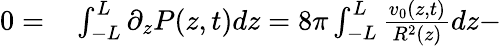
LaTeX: \begin{array}{rl}{0=}&{{}\int_{-L}^{L}\partial_{z}P(z,t)dz=8\pi\int_{-L}^{L}\frac{v_{0}(z,t)}{R^{2}(z)}dz-}\end{array}